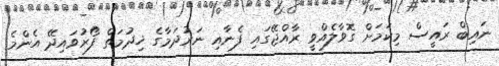
ނައިބް ރައީސް މިކަމަށް ގޮވާލެއްވީ ރާއްޖޭގައި ފެނާއި ނަރުދަމާގެ ޚިދުމަތް ފޯރުވައިދޭ އެންމެ